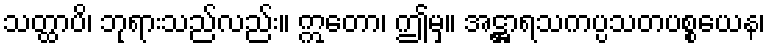
သတ္ထာပိ၊ ဘုရားသည်လည်း။ ဣတော၊ ဤမှ။ အဋ္ဌာရသကပ္ပသတပစ္စယေန၊